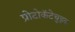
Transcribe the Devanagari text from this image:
प्रोटोकॅटेचुइक